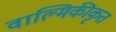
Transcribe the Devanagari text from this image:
वाल्मिकीकृत